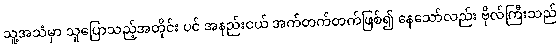
သူ့အသံမှာ သူပြောသည့်အတိုင်း ပင် အနည်းငယ် အက်တက်တက်ဖြစ်၍ နေသော်လည်း ဗိုလ်ကြီးသည်